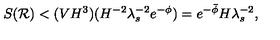
S ( { \cal R } ) < ( V H ^ { 3 } ) ( H ^ { - 2 } \lambda _ { s } ^ { - 2 } e ^ { - \phi } ) = e ^ { - \bar { \phi } } H \lambda _ { s } ^ { - 2 } ,